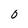
Character: 0